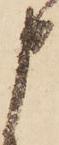
申